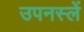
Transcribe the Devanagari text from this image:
उपनस्लें